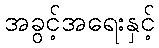
အခွင့်အရေးနှင့်